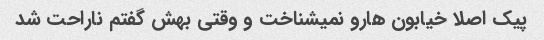
پیک اصلا خیابون هارو نمیشناخت و وقتی بهش گفتم ناراحت شد